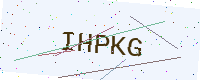
Text: IHPKG